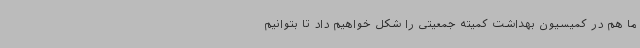
ما هم در کمیسیون بهداشت کمیته جمعیتی را شکل خواهیم داد تا بتوانیم